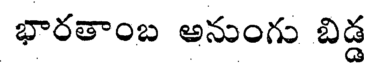
భారతాంబ అనుంగు బిడ్డ